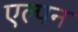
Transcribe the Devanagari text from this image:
एल्पन